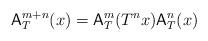
LaTeX: \begin{align*} \mathsf{A}^{m+n}_T(x) = \mathsf{A}^m_T(T^nx) \mathsf{A}^n_T(x)\end{align*}